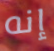
إنه